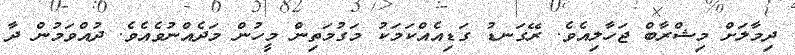
ދިމާލަށް މިޝްރާބް ޖަހާލިއެވެ. ރޭގަނޑު ގަޑިއެއްކަމަކު މަގުމަތިން މީހުން މަދެއްނުވެއެވެ. ދުއްވަމުން ދާ